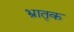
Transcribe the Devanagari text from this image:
भ्रातृक